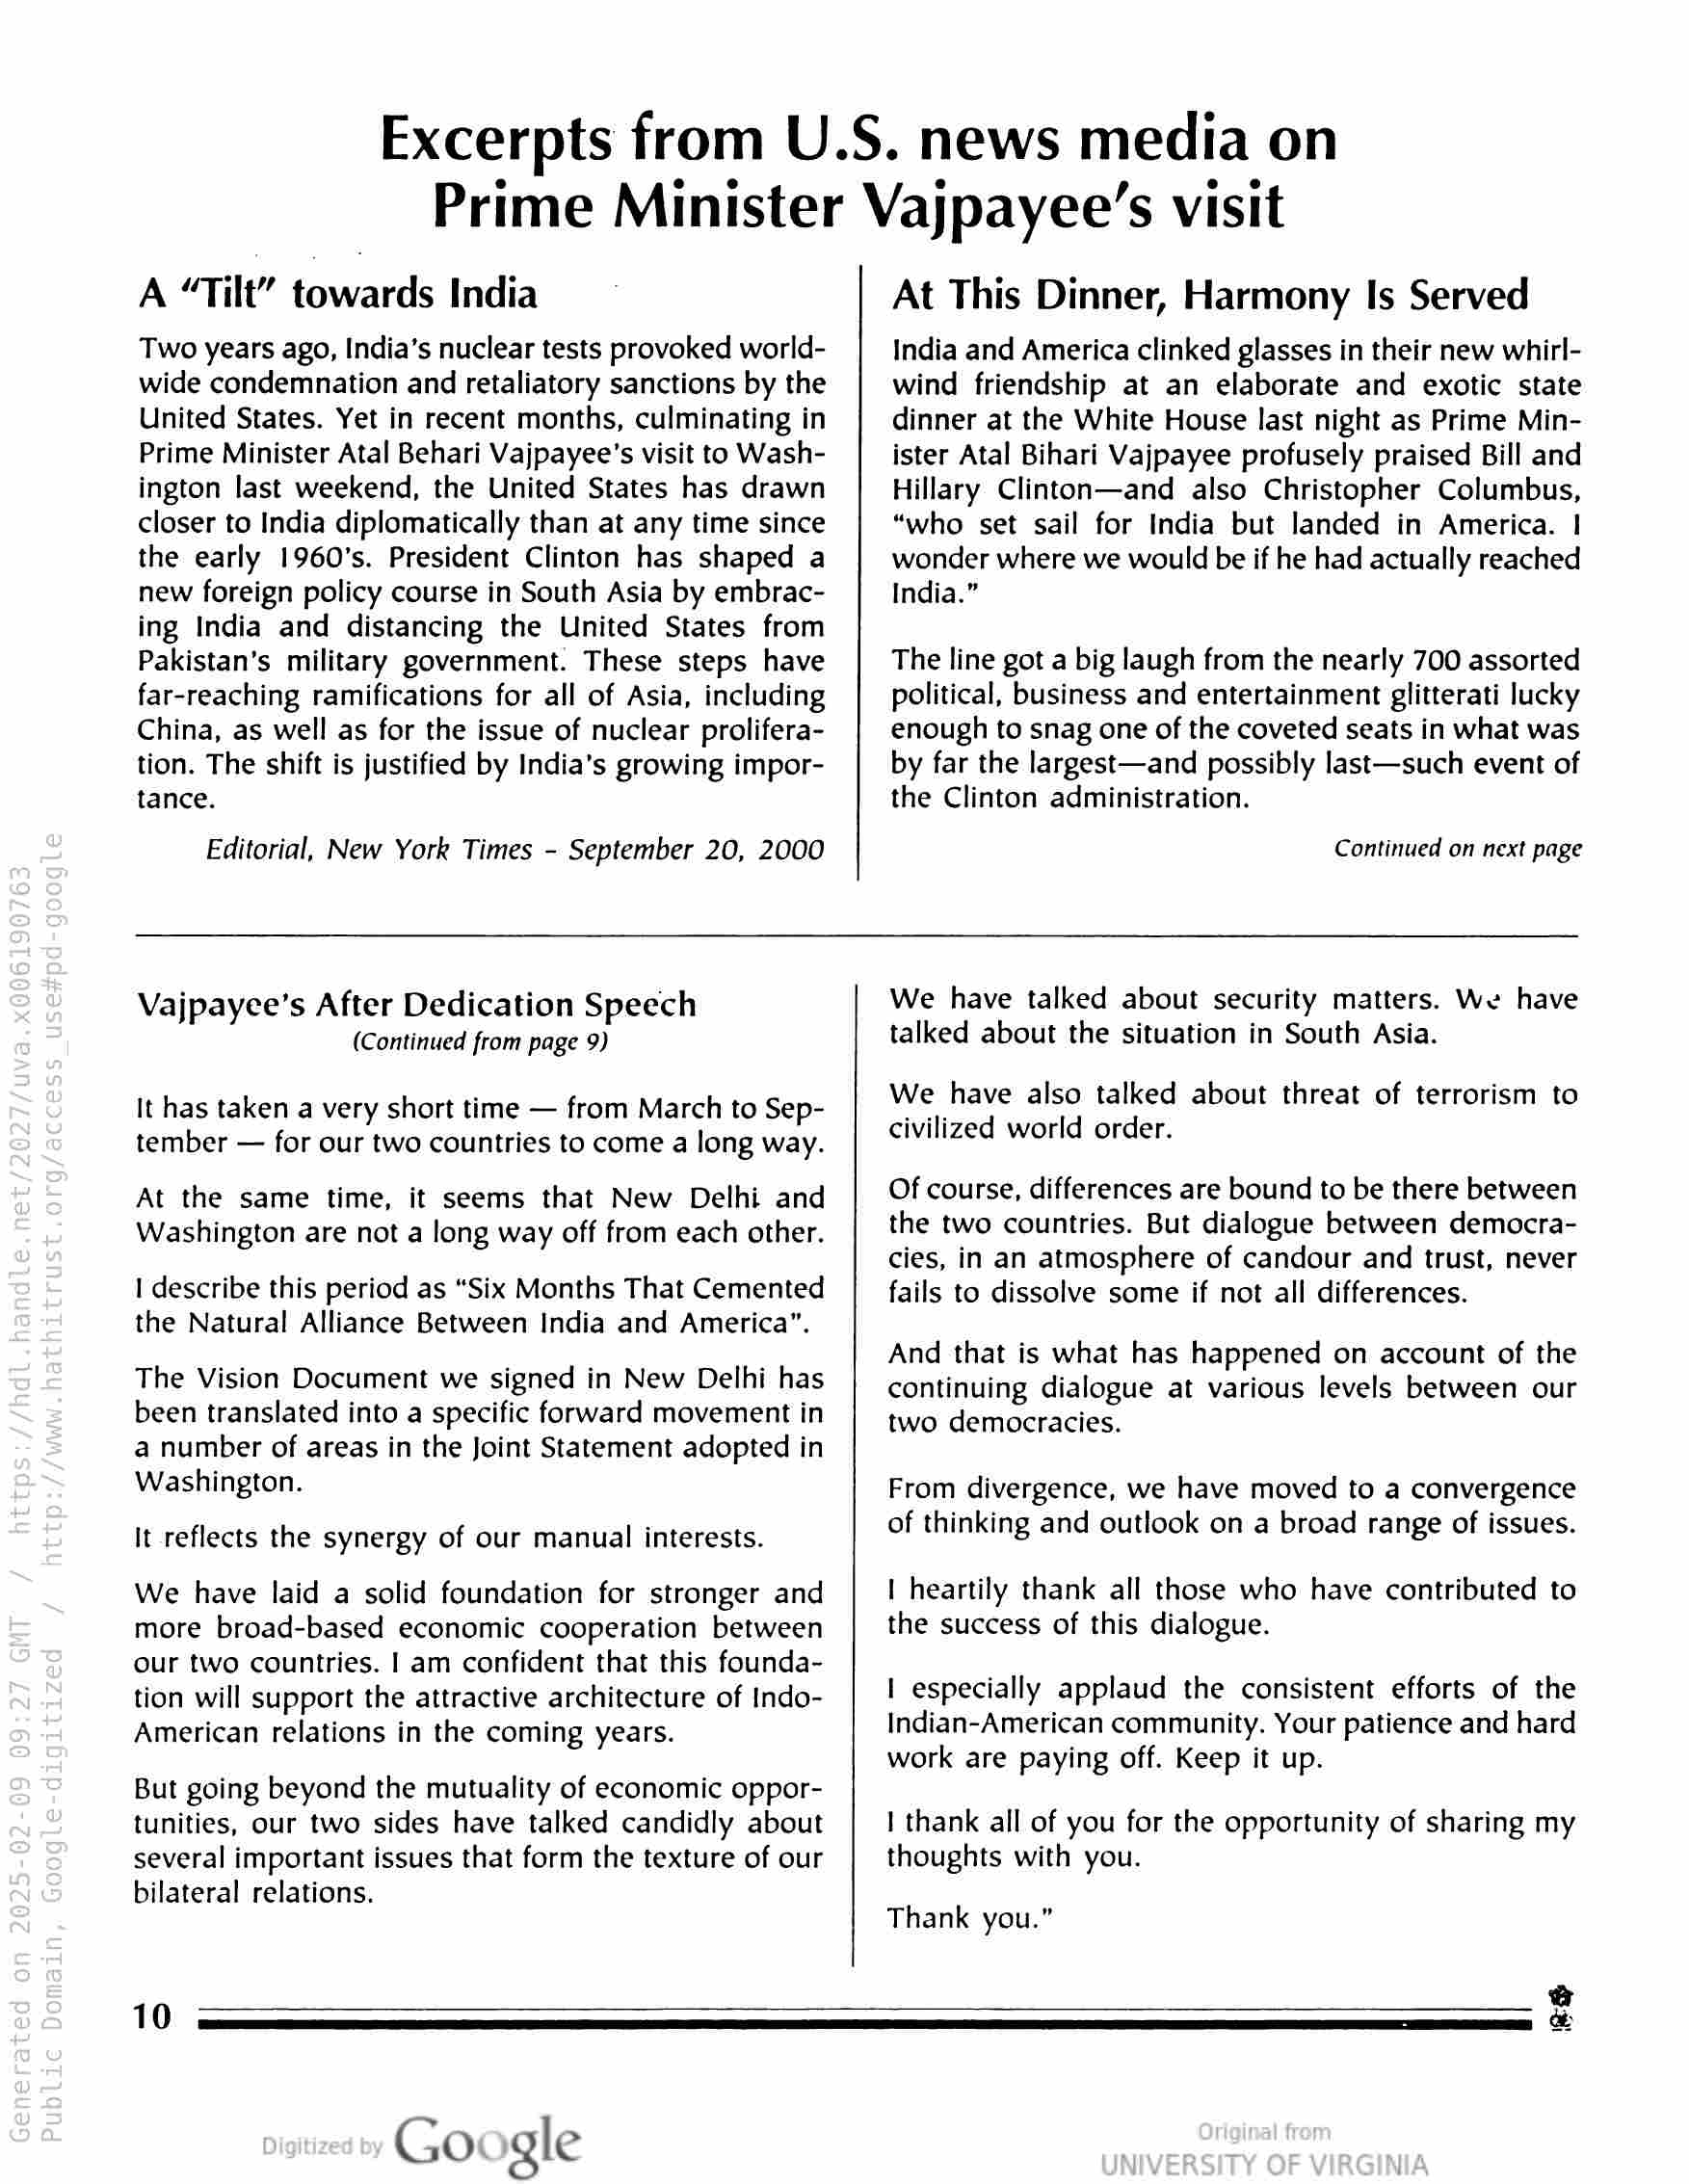
Excerpts from U.S. news media on
Prime Minister Vajpayee’s visit

A “Tilt” towards India

Two years ago, India’s nuclear tests provoked world-
wide condemnation and retaliatory sanctions by the
United States. Yet in recent months, culminating in
Prime Minister Atal Behari Vajpayee’s visit to Wash-
ington last weekend, the United States has drawn
closer to India diplomatically than at any time since
the early 1960's. President Clinton has shaped a
new foreign policy course in South Asia by embrac-
ing India and distancing the United States from
Pakistan’s military government. These steps have
far-reaching ramifications for all of Asia, including
China, as well as for the issue of nuclear prolifera-
tion. The shift is justified by India’s growing impor-
tance.

Editorial, New York Times - September 20, 2000

At This Dinner, Harmony Is Served

India and America clinked glasses in their new whirl-
wind friendship at an elaborate and exotic state
dinner at the White House last night as Prime Min-
ister Atal Bihari Vajpayee profusely praised Bill and
Hillary Clinton—and also Christopher Columbus,
“who set sail for India but landed in America. |
wonder where we would be if he had actually reached
India.”

The line got a big laugh from the nearly 700 assorted
political, business and entertainment glitterati lucky
enough to snag one of the coveted seats in what was
by far the largest—and possibly last—such event of
the Clinton administration.

Continued on next page

Vajpayee’s After Dedication Speech
(Continued from page 9)

It has taken a very short time — from March to Sep-
tember — for our two countries to come a long way.

At the same time, it seems that New Delhi and
Washington are not a long way off from each other.

I describe this period as “Six Months That Cemented
the Natural Alliance Between India and America”.

The Vision Document we signed in New Delhi has
been translated into a specific forward movement in
a number of areas in the Joint Statement adopted in
Washington.

It reflects the synergy of our manual interests.

We have laid a solid foundation for stronger and
more broad-based economic cooperation between
our two countries. | am confident that this founda-
tion will support the attractive architecture of Indo-
American relations in the coming years.

But going beyond the mutuality of economic oppor-
tunities, our two sides have talked candidly about
several important issues that form the texture of our
bilateral relations.

We have talked about security matters. We have
talked about the situation in South Asia.

We have also talked about threat of terrorism to
civilized world order.

Of course, differences are bound to be there between
the two countries. But dialogue between democra-
cies, in an atmosphere of candour and trust, never
fails to dissolve some if not all differences.

And that is what has happened on account of the
continuing dialogue at various levels between our
two democracies.

From divergence, we have moved to a convergence
of thinking and outlook on a broad range of issues.

| heartily thank all those who have contributed to
the success of this dialogue.

| especially applaud the consistent efforts of the
Indian-American community. Your patience and hard
work are paying off. Keep it up.

I thank all of you for the opportunity of sharing my
thoughts with you.

Thank you.”

10

Google

ey